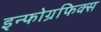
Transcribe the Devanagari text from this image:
इन्फोग्रफिक्स